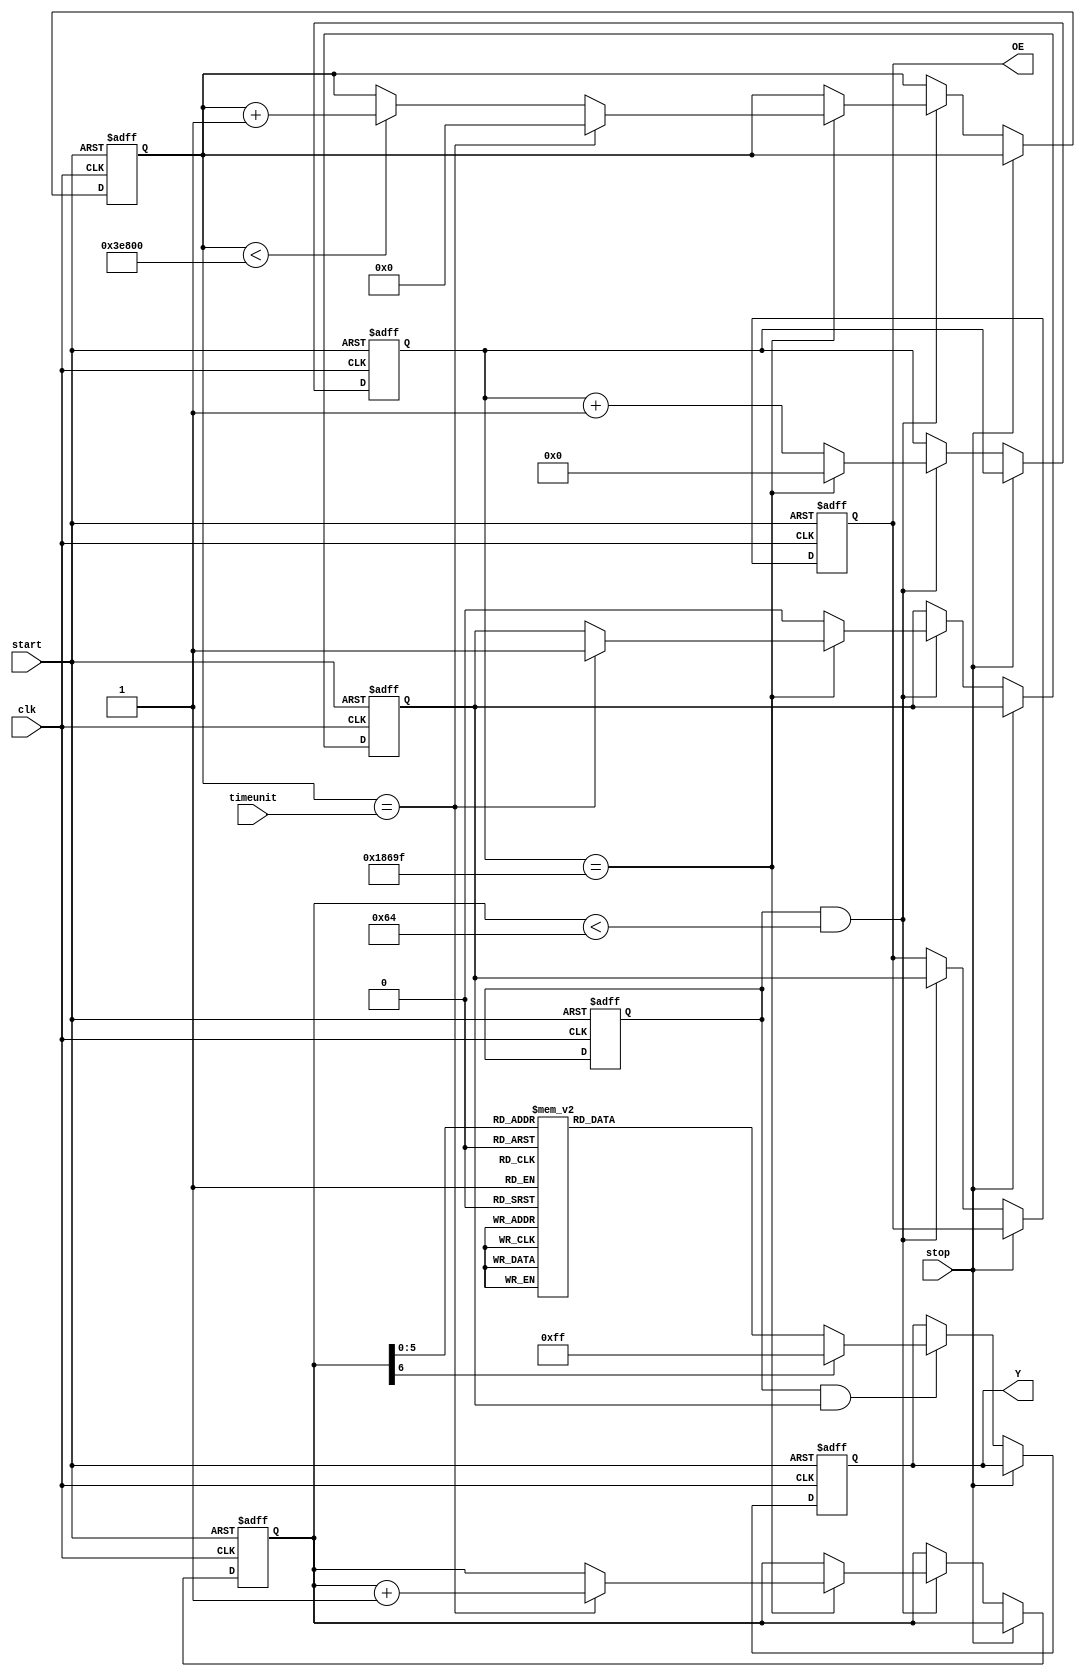
`timescale 1ns / 1ps
//////////////////////////////////////////////////////////////////////////////////
// Company: 
// Engineer: 
// 
// Design Name: 
// Module Name:    mom 
// Project Name: 
// Target Devices: 
// Tool versions: 
// Description: 
//
// Dependencies: 
//
// Revision: 
// Revision 0.01 - File Created
// Additional Comments: 
//
//////////////////////////////////////////////////////////////////////////////////
module mom(
    input clk,
	 input stop,
	 input start,
    output reg [7:0] Y,
    output reg OE,
    input [9:0] timeunit
    );
	 
	 reg [16:0] counter;
	 reg [18:0] cntms;
	 reg playing;//1
	 reg [6:0] beat;
	 reg OElast;
	 
		
always@(posedge clk or posedge start)
begin
	if(start)
		begin
			OE<=0;
			OElast<=0;
			counter<=17'd0;
			cntms<=16'd0;
			playing<=1;
			beat<=0;
			Y=8'b1111_1111;
				//latch
		end
else if(~stop)
begin	
	if(playing && beat<7'd100)
	begin
		if(counter==17'd99_999)
		begin
			OE<=OElast;
			counter<=17'd0;
			if(cntms==timeunit)
			begin
				cntms<=0;
				beat<=beat+1;
				OElast<=1;
			end
			else
			begin
				if(cntms<19'd256_000)//cntms
					cntms<=cntms+1;
			end
		end
		else
			begin
				counter<=counter+1;
				OElast<=0;
				OE<=OElast;
			end
	end	
	
	if(playing && OElast)
		case(beat)
		7'd0:Y=8'b01111111;
		7'd1:Y=8'b01111111;
		7'd2:Y=8'b01111111;
		7'd3:Y=8'b10111111;
		7'd4:Y=8'b11011111;
		7'd5:Y=8'b1111_1111;
		7'd6:Y=8'b10111111;
		7'd7:Y=8'b1111_1111;
		7'd8:Y=8'b01111111;
		7'd9:Y=8'b0111_1111;
		7'd10:Y=8'b10111111;
		7'd11:Y=8'b11011111;
		7'd12:Y=8'b01111111;
		7'd13:Y=8'b01111111;
		7'd14:Y=8'b01111111;
		7'd15:Y=8'b01111111;
		7'd16:Y=8'b1110_1111;
		7'd17:Y=8'b11101111;
		7'd18:Y=8'b11011111;
		7'd19:Y=8'b10111111;
		7'd20:Y=8'b1011_1111;
		7'd21:Y=8'b11111111;
		7'd22:Y=8'b1101_1111;
		7'd23:Y=8'b11111111;
		7'd24:Y=8'b1011_1111;
		7'd25:Y=8'b1011_1111;
		7'd26:Y=8'b1011_1111;
		7'd27:Y=8'b1101_1111;
		7'd28:Y=8'b1110_1111;
		7'd29:Y=8'b1110_1111;
		7'd30:Y=8'b1110_1111;
		7'd31:Y=8'b1111_1111;
		7'd32:Y=8'b1110_1111;
		7'd33:Y=8'b1110_1111;
		7'd34:Y=8'b1110_1111;
		7'd35:Y=8'b1101_1111;
		7'd36:Y=8'b1101_1111;
		7'd37:Y=8'b1111_1111;
		7'd38:Y=8'b1011_1111;
		7'd39:Y=8'b1011_1111;
		7'd40:Y=8'b1011_1111;
		7'd41:Y=8'b1111_1111;
		7'd42:Y=8'b1101_1111;
		7'd43:Y=8'b1111_1111;
		
		7'd44:Y=8'b1110_1111;
		7'd45:Y=8'b1110_1111;
		7'd46:Y=8'b1110_1111;
		7'd47:Y=8'b1110_1111;
		7'd48:Y=8'b0111_1111;
		7'd49:Y=8'b0111_1111;
		7'd50:Y=8'b0111_1011;
		7'd51:Y=8'b1011_1111;
		7'd52:Y=8'b1011_1111;
		7'd53:Y=8'b1101_1111;
		7'd54:Y=8'b1101_1111;
		7'd55:Y=8'b1011_1111;
		7'd56:Y=8'b1110_1111;
		7'd57:Y=8'b1110_1111;
		7'd58:Y=8'b1110_1111;
		7'd59:Y=8'b1110_0111;
		default:Y=8'b1111_1111;
		endcase
	end
end	
	
endmodule